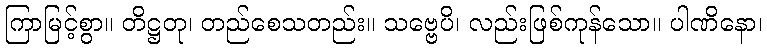
ကြာမြင့်စွာ။ တိဋ္ဌတု၊ တည်စေသတည်း။ သဗ္ဗေပိ၊ လည်းဖြစ်ကုန်သော။ ပါဏိနော၊